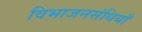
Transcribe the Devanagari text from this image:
विभाजनसंधियाँ